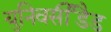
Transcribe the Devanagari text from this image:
युनिवर्सीडैड